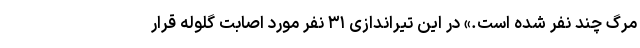
مرگ چند نفر شده است.» در این تیراندازی ۳۱ نفر مورد اصابت گلوله قرار